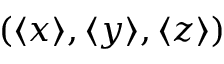
( \langle x \rangle , \langle y \rangle , \langle z \rangle )